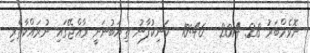
ނޮވެމްބަރު 28